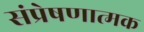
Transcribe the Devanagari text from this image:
संप्रेषणात्मक